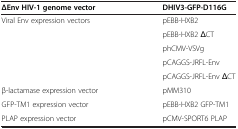
| ΔEnv HIV-1 genome vector | DHIV3-GFP-D116G |
 | --- | --- |
 | <ROWSPAN=5> Viral Env expression vectors | pEBB-HXB2 |
 | pEBB-HXB2 ΔCT |
 | phCMV-VSVg |
 | pCAGGS-JRFL-Env |
 | pCAGGS-JRFL-Env ΔCT |
 | β-lactamase expression vector | pMM310 |
 | GFP-TM1 expression vector | pEBB-HXB2 GFP-TM1 |
 | PLAP expression vector | pCMV-SPORT6 PLAP |